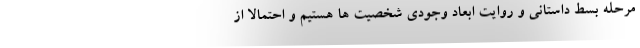
مرحله بسط داستانی و روایت ابعاد وجودی شخصیت ها هستیم و احتمالا از